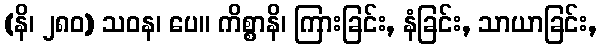
(နိ၊ ၂၈၀) သဝန၊ ပေ။ ကိစ္စာနိ၊ ကြားခြင်း, နံခြင်း, သာယာခြင်း,